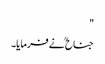
"
جناح ؒ نے فرمایا۔